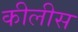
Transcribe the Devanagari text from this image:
कीलीस